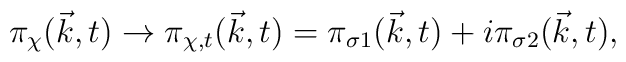
{\pi}_{\chi}({\vec k},t) \to {\pi}_{{\chi},t}({\vec k},t) ={\pi}_{{\sigma}1}({\vec k},t) + i{\pi}_{{\sigma}2}({\vec k},t),